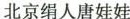
北京绢人唐娃娃